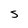
Character: S